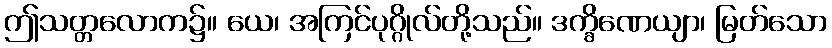
ဤသတ္တလောက၌။ ယေ၊ အကြင်ပုဂ္ဂိုလ်တို့သည်။ ဒက္ခိဏေယျာ၊ မြတ်သော